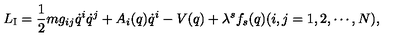
L _ { \mathrm { I } } = \frac { 1 } { 2 } m g _ { i j } \dot { q } ^ { i } \dot { q } ^ { j } + A _ { i } ( q ) \dot { q } ^ { i } - V ( q ) + \lambda ^ { s } f _ { s } ( q ) ( i , j = 1 , 2 , \cdots , N ) ,